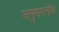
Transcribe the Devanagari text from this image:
अनुमापनांक